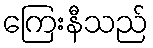
ကြေးနီသည်